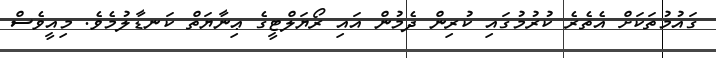
ގައުމުތަކަށް އެތެރެ ކުރުމުގައި ކުރިިން ދެމުން އައި ރޯޔަލްޓީގެ ޢިނާޔަތް ކަނޑާލުމެވެ. މިއީވެސް